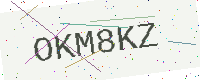
Text: OKM8KZ